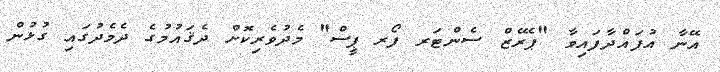
އޭނާ އުފައްދާފައިވާ "ޕެރޭޒް ސެންޓަރ ފޯރ ޕީސް" މެދުވެރިކޮށް ދެޤައުމުގެ ދެމެދުގައި ގުޅުން